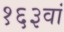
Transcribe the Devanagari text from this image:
१६३वां